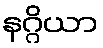
နဂ္ဂိယာ